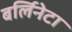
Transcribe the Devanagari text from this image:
बर्लिनेटा